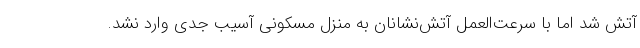
آتش شد اما با سرعت‌العمل آتش‌نشانان به منزل مسکونی آسیب جدی وارد نشد.